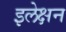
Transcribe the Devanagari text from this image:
इलेक्षन